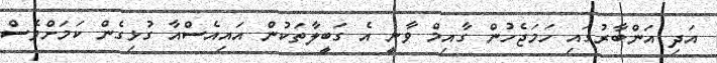
އަދި އަންބާރުގައި ހަމަޖެހުން ގާއިމް ވާނީ އެ ގަބީލާތަކުން އައިއެސްއާ ގުޅިގެން ކަމަށްވެސް